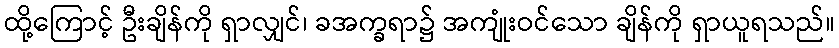
ထို့ကြောင့် ဦးချိန်ကို ရှာလျှင်၊ ခအက္ခရာ၌ အကျုံးဝင်သော ချိန်ကို ရှာယူရသည်။